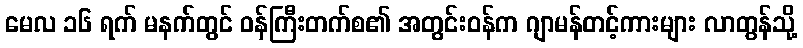
မေလ ၁၆ ရက် မနက်တွင် ဝန်ကြီးတက်စ၏ အတွင်းဝန်က ဂျာမန်တင့်ကားများ လာတွန်သို့